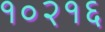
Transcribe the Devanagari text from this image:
१०२१६